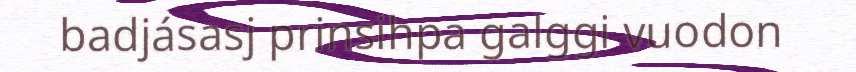
badjásasj prinsihpa galggi vuodon